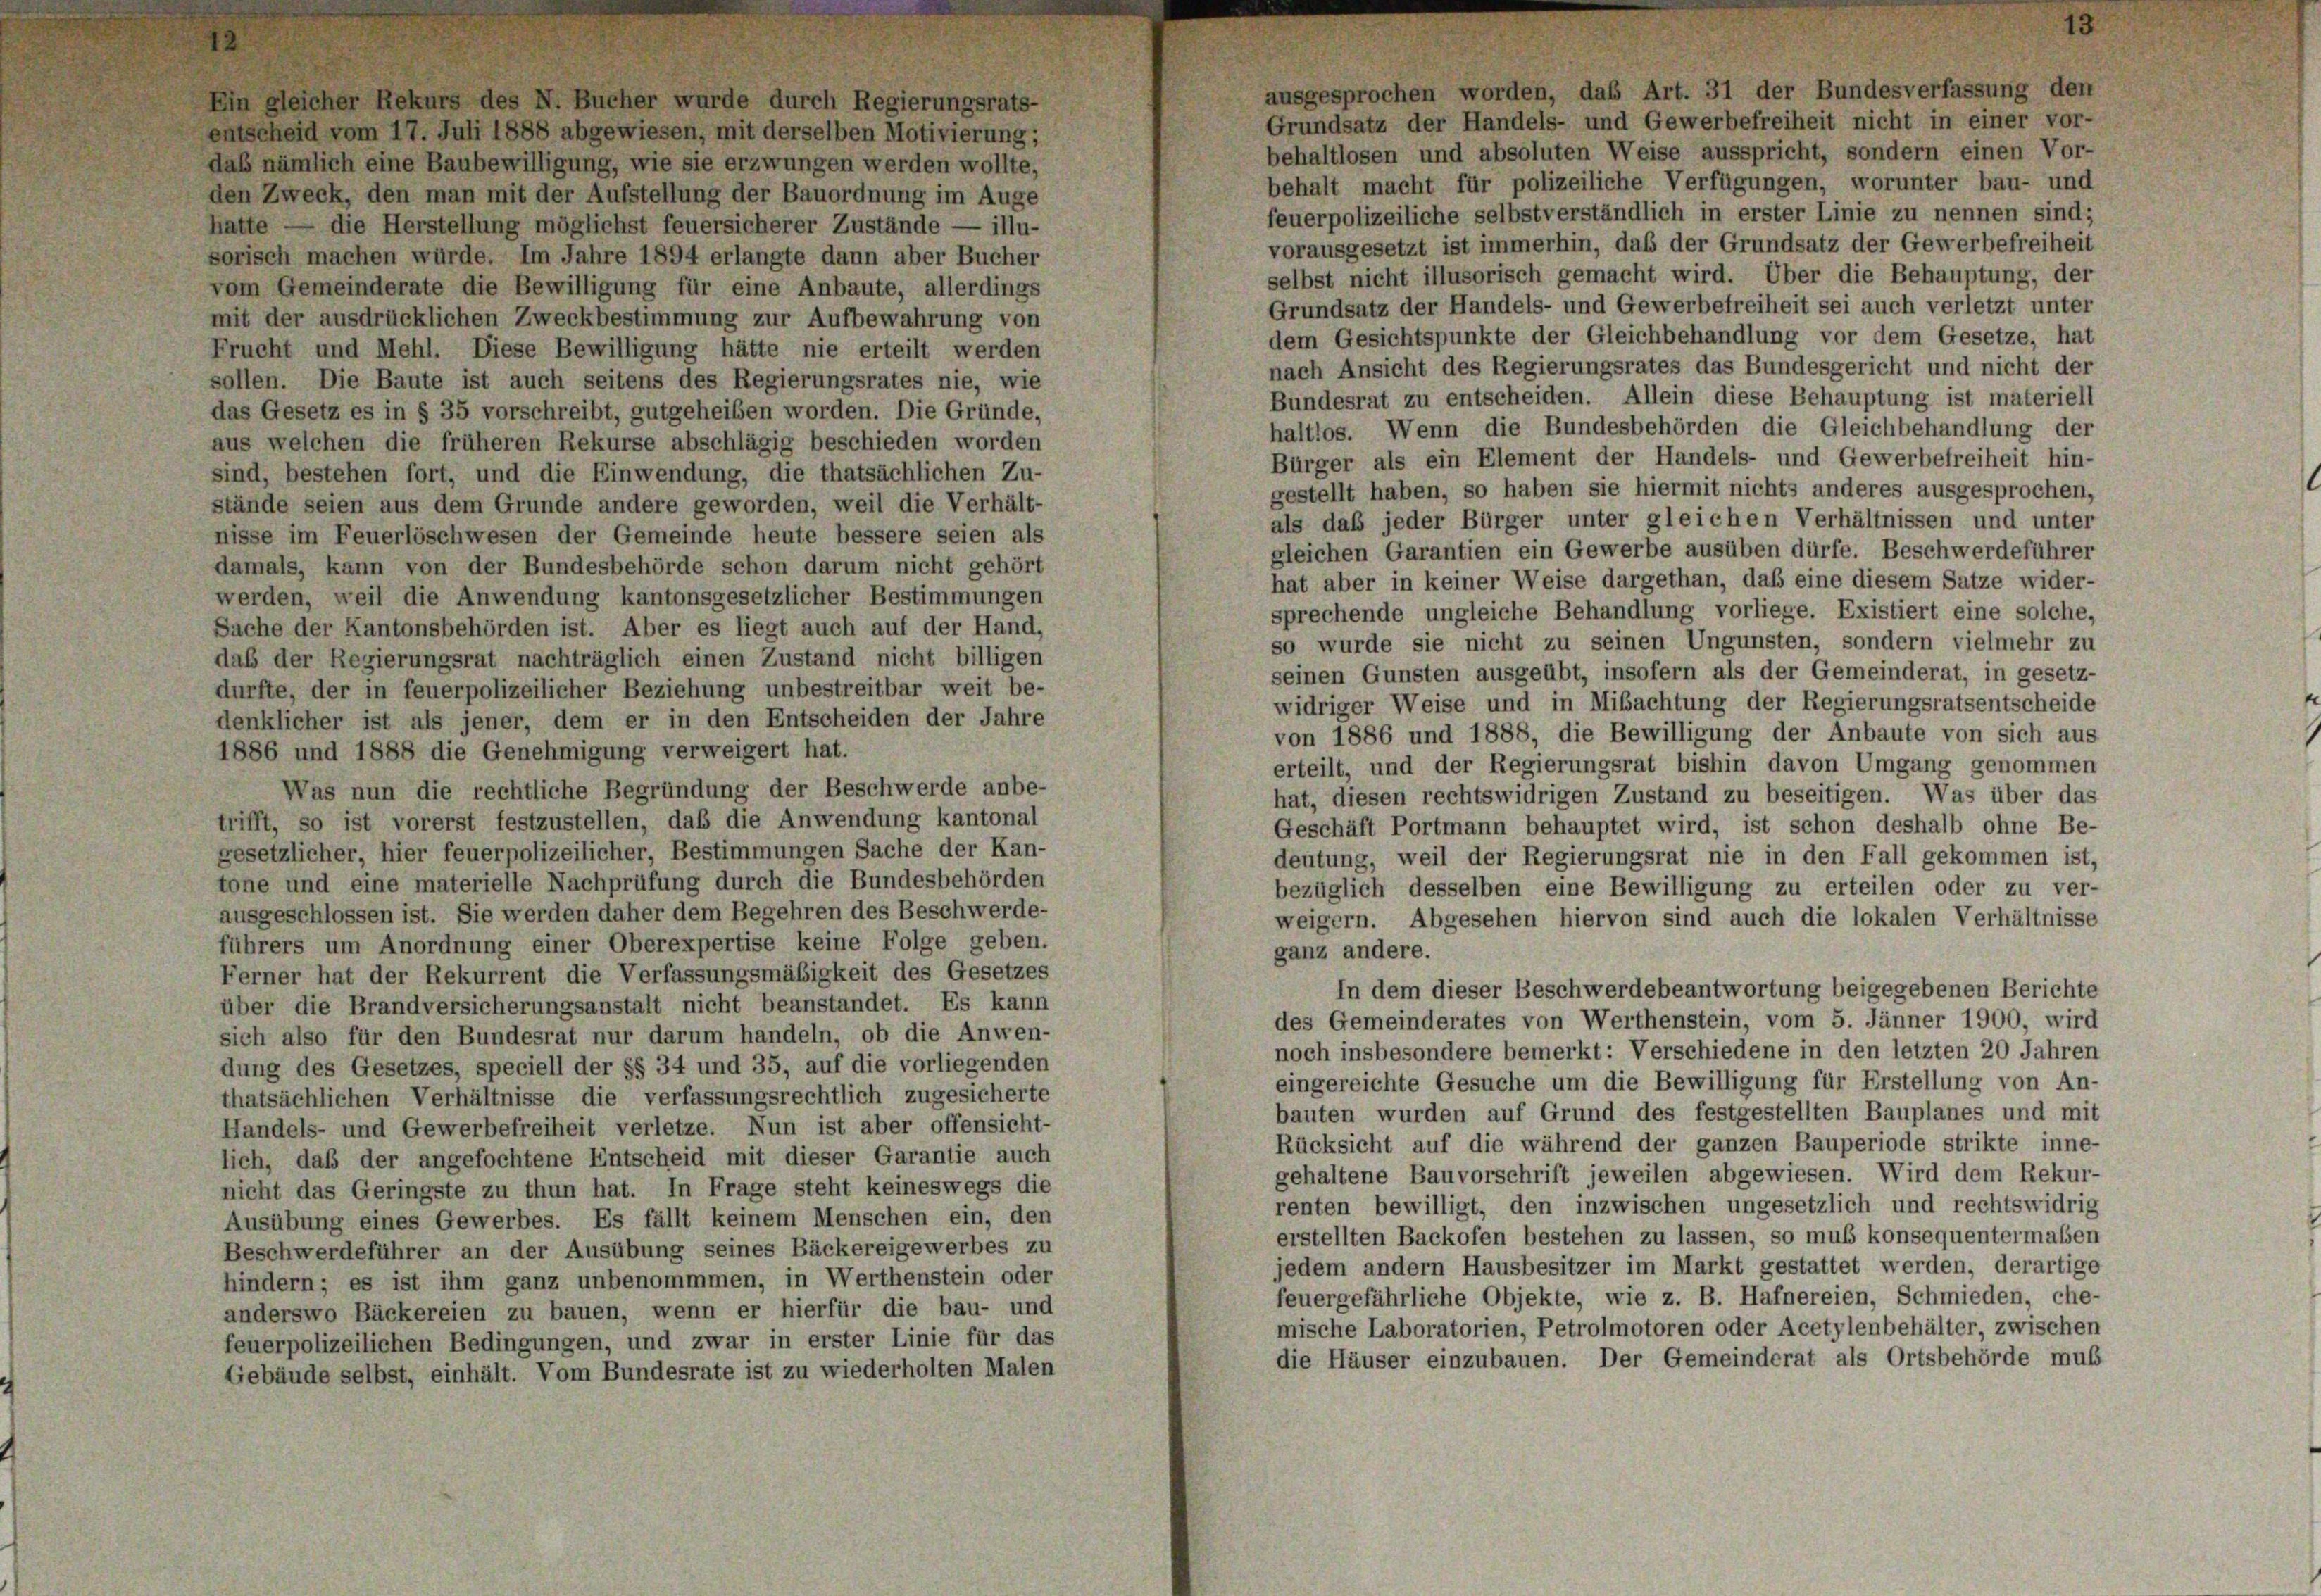
ausgesprochen worden, das Art. 31 der Bundesverfassung den
Ein gleicher Rekurs des N. Bucher wurde durch Regierungsrats-
Grundsatz der Handels- und Gewerbefreiheit nicht in einer vor-
entscheid vom 17. Juli 1888 abgewiesen, mit derselben Motivierung;
behaltlosen und absoluten Weise ausspricht, sondern einen Vor-
daß nämlich eine Baubewilligung, wie sie erzwungen werden wollte,
behalt macht für polizeiliche Verfügungen, worunter bau- und
den Zweck, den man mit der Aufstellung der Bauordnung im Auge
feuerpolizeiliche selbstverständlich in erster Linie zu nennen sind;
hatte — die Herstellung möglichst feuersicherer Zustände — illu-
vorausgesetzt ist immerhin, das der Grundsatz der Gewerbefreiheit
sorisch machen würde. Im Jahre 1894 erlangte dann aber Bucher
selbst nicht illusorisch gemacht wird. Über die Behauptung, der
vom Gemeinderate die Bewilligung für eine Anbaute, allerdings
Grundsatz der Handels- und Gewerbefreiheit sei auch verletzt unter
mit der ausdrücklichen Zweckbestimmung zur Aufbewahrung von
dem Gesichtspunkte der Gleichbehandlung vor dem Gesetze, hat
Frucht und Mehl. Diese Bewilligung hätte nie erteilt werden
nach Ansicht des Regierungsrates das Bundesgericht und nicht der
sollen. Die Baute ist auch seitens des Regierungsrates nie, wie
Bundesrat zu entscheiden. Allein diese Behauptung ist materiell
das Gesetz es in § 35 vorschreibt, gutgeheißen worden. Die Gründe,
haltlos. Wenn die Bundesbehörden die Gleichbehandlung der
aus welchen die früheren Rekurse abschlägig beschieden worden
Bürger als ein Element der Handels- und Gewerbefreiheit hin-
sind, bestehen fort, und die Einwendung, die thatsächlichen Zu-
gestellt haben, so haben sie hiermit nichts anderes ausgesprochen,
stände seien aus dem Grunde andere geworden, weil die Verhält-
als das jeder Bürger unter gleichen Verhältnissen und unter
nisse im Feuerlöschwesen der Gemeinde heute bessere seien als
gleichen Garantien ein Gewerbe ausüben dürfe. Beschwerdeführer
damals, kann von der Bundesbehörde schon darum nicht gehört
hat aber in keiner Weise dargethan, daß eine diesem Satze wider-
werden, weil die Anwendung kantonsgesetzlicher Bestimmungen
sprechende ungleiche Behandlung vorliege. Existiert eine solche,
Sache der Kantonsbehörden ist. Aber es liegt auch auf der Hand,
so wurde sie nicht zu seinen Ungunsten, sondern vielmehr zu
das der Regierungsrat nachträglich einen Zustand nicht billigen
seinen Gunsten ausgeübt, insofern als der Gemeinderat, in gesetz-
durfte, der in feuerpolizeilicher Beziehung unbestreitbar weit be-
widriger Weise und in Mibachtung der Regierungsratsentscheide
denklicher ist als jener, dem er in den Entscheiden der Jahre
von 1886 und 1888, die Bewilligung der Anbaute von sich aus
1886 und 1888 die Genehmigung verweigert hat.
erteilt, und der Regierungsrat bishin davon Umgang genommen
Was nun die rechtliche Begründung der Beschwerde anbe-
hat, diesen rechtswidrigen Zustand zu beseitigen. Was über das
trifft, so ist vorerst festzustellen, daß die Anwendung kantonal
Geschäft Portmann behauptet wird, ist schon deshalb ohne Be-
gesetzlicher, hier feuerpolizeilicher, Bestimmungen Sache der Kan-
deutung, weil der Regierungsrat nie in den Fall gekommen ist,
tone und eine materielle Nachprüfung durch die Bundesbehörden
bezüglich desselben eine Bewilligung zu erteilen oder zu ver-
ausgeschlossen ist. Sie werden daher dem Begehren des Beschwerde-
weigern. Abgesehen hiervon sind auch die lokalen Verhältnisse
führers um Anordnung einer Oberexpertise keine Folge geben.
ganz andere.
Ferner hat der Rekurrent die Verfassungsmäßigkeit des Gesetzes
In dem dieser Beschwerdebeantwortung beigegebenen Berichte
über die Brandversicherungsanstalt nicht beanstandet. Es kann
des Gemeinderates von Werthenstein, vom 5. Jänner 1900, wird
sich also für den Bundesrat nur darum handeln, ob die Anwen-
noch insbesondere bemerkt: Verschiedene in den letzten 20 Jahren
dung des Gesetzes, speciell der §§ 34 und 35, auf die vorliegenden
eingereichte Gesuche um die Bewilligung für Erstellung von An-
thatsächlichen Verhältnisse die verfassungsrechtlich zugesicherte
bauten wurden auf Grund des festgestellten Bauplanes und mit
Handels- und Gewerbefreiheit verletze. Nun ist aber offensicht-
Rücksicht auf die während der ganzen Bauperiode strikte inne-
lich, daß der angefochtene Entscheid mit dieser Garantie auch
gehaltene Bauvorschrift jeweilen abgewiesen. Wird dem Rekur-
nicht das Geringste zu thun hat. In Frage steht keineswegs die
renten bewilligt, den inzwischen ungesetzlich und rechtswidrig
Ausübung eines Gewerbes. Es fällt keinem Menschen ein, den
erstellten Backofen bestehen zu lassen, so muß konsequentermalen
Beschwerdeführer an der Ausübung seines Bäckereigewerbes zu
jedem andern Hausbesitzer im Markt gestattet werden, derartige
hindern; es ist ihm ganz unbenommmen, in Werthenstein oder
feuergefährliche Objekte, wie z. B. Hafnereien, Schmieden, che-
anderswo Bäckereien zu bauen, wenn er hierfür die bau- und
mische Laboratorien, Petrolmotoren oder Acetylenbehälter, zwischen
feuerpolizeilichen Bedingungen, und zwar in erster Linie für das
die Häuser einzubauen. Der Gemeinderat als Ortsbehörde muß
Gebäude selbst, einhält. Vom Bundesrate ist zu wiederholten Malen